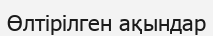
Өлтірілген ақындар